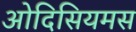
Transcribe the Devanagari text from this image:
ओदिसियमस